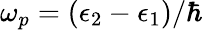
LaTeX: \omega_{p}=(\epsilon_{2}-\epsilon_{1})/\hbar